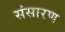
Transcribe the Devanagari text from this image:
संसारण